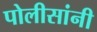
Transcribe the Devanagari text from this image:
पोलीसांनी